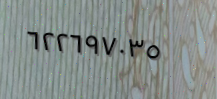
٦٢٢٦٩٧٠٣٥